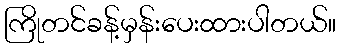
ကြိုတင်ခန့်မှန်းပေးထားပါတယ်။